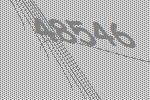
48546